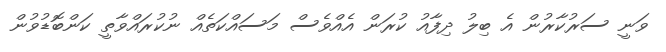
ވަނީ ސަރުކާރުން އެ ބިލު ދިފާއު ކުރަން އެއްވެސް މަސައްކަތެއް ނުކުރައްވާތީ ކަންބޮޑުވުން